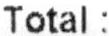
TOTAL :